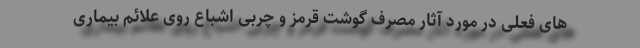
های فعلی در مورد آثار مصرف گوشت قرمز و چربی اشباع روی علائم بیماری